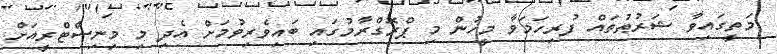
މަތީގައިވާ ޝަރުޠުތައް ފުރިހަމަވާ މީހުން މި ޕްރޮގްރާމުގައި ބައިވެރިވުމަށް އެދި މި މިނިސްޓްރީއަށް